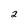
Character: 2